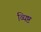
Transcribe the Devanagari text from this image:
व्यिष्ट